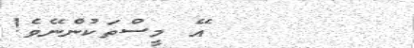
އޭ މީސްތަކުންނޭވެ!